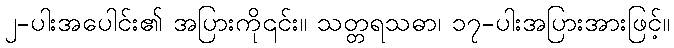
၂-ပါးအပေါင်း၏ အပြားကို၎င်း။ သတ္တရသဓာ၊ ၁၇-ပါးအပြားအားဖြင့်။